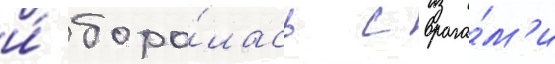
и́ боро́лась с врага́м'и